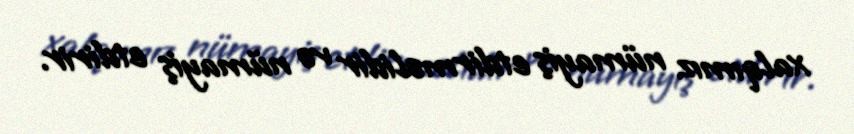
xalqımız nümayiş etdirməlidir və nümayiş etdirir.